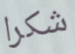
شكرا